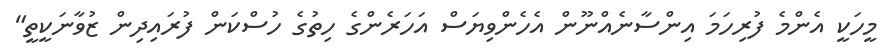
މީހަކީ އެންމެ ފުރިހަމަ އިންސާނެއްނޫން އެހެންވިޔަސް އަހަރެންގެ ހިތުގެ ހުސްކަން ފުރައިދިން ޒުވާނަކީތީ"